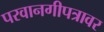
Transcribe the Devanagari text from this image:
परवानगीपत्रावर